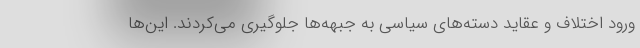
ورود اختلاف و عقاید دسته‌های سیاسی به جبهه‌ها جلوگیری می‌کردند. این‌ها